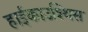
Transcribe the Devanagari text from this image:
हाईकाउश्थिस